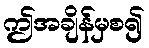
ဤအချိန်မှစ၍